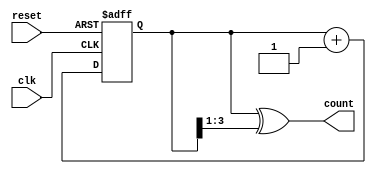
module gray_counter(
    input wire clk,
    input wire reset,
    output reg [n-1:0] count
);

parameter n = 4; // number of bits in the Gray counter
reg [n-1:0] gray_code;

always @(posedge clk or posedge reset) begin
    if (reset) begin
        gray_code <= 0;
    end else begin
        gray_code <= gray_code + 1;
    end
end

always @* begin
    // Convert Gray code to binary
    count = gray_code ^ (gray_code >> 1);
end

endmodule